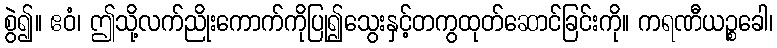
စွဲ၍။ ဧဝံ၊ ဤသို့လက်ညိုးကောက်ကိုပြု၍သွေးနှင့်တကွထုတ်ဆောင်ခြင်းကို။ ကရဏီယဉ္စခေါ၊